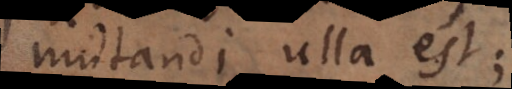
mutandi ulla est;